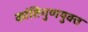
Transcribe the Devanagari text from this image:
कांतिगुणयुक्त